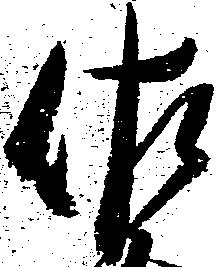
佐